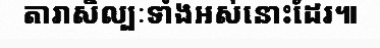
តារាសិល្បៈទាំងអស់នោះដែរ៕